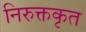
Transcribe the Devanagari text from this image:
निरुक्तकृत